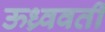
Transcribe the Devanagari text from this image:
ऊध्र्ववर्ती